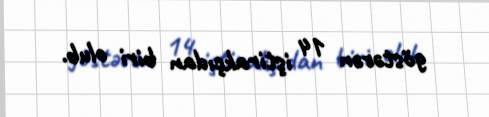
göstərən 14 iştirakçıdan biri olub.